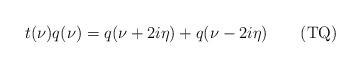
LaTeX: \begin{align*}t(\nu)q(\nu)=q(\nu+2i\eta)+q(\nu-2i\eta)\qquad\mbox{(TQ)}\!\!\!\!\!\!\end{align*}